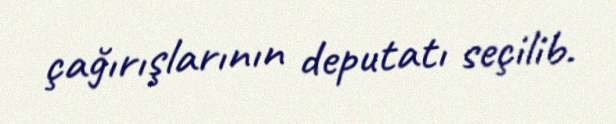
çağırışlarının deputatı seçilib.